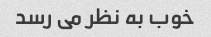
خوب به نظر می رسد